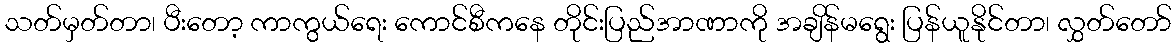
သတ်မှတ်တာ၊ ပီးတော့ ကာကွယ်ရေး ကောင်စီကနေ တိုင်းပြည်အာဏာကို အချိန်မရွေး ပြန်ယူနိုင်တာ၊ လွှတ်တော်